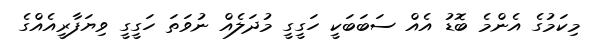
މިކަމުގެ އެންމެ ބޮޑު އެއް ސަބަބަކީ ހަގީގީ މުދަލެއް ނުވަތަ ހަގީގީ ވިޔަފާރީއެއްގެ